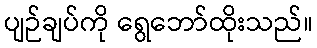
ပျဉ်ချပ်ကို ရွေဘော်ထိုးသည်။